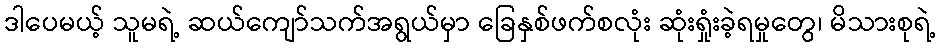
ဒါပေမယ့် သူမရဲ့ ဆယ်ကျော်သက်အရွယ်မှာ ခြေနှစ်ဖက်စလုံး ဆုံးရှုံးခဲ့ရမှုတွေ၊ မိသားစုရဲ့